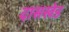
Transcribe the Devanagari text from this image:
दासखेड